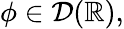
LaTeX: \phi\in{\mathcal{D}}(\mathbb{R}),